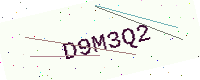
Text: D9M3Q2